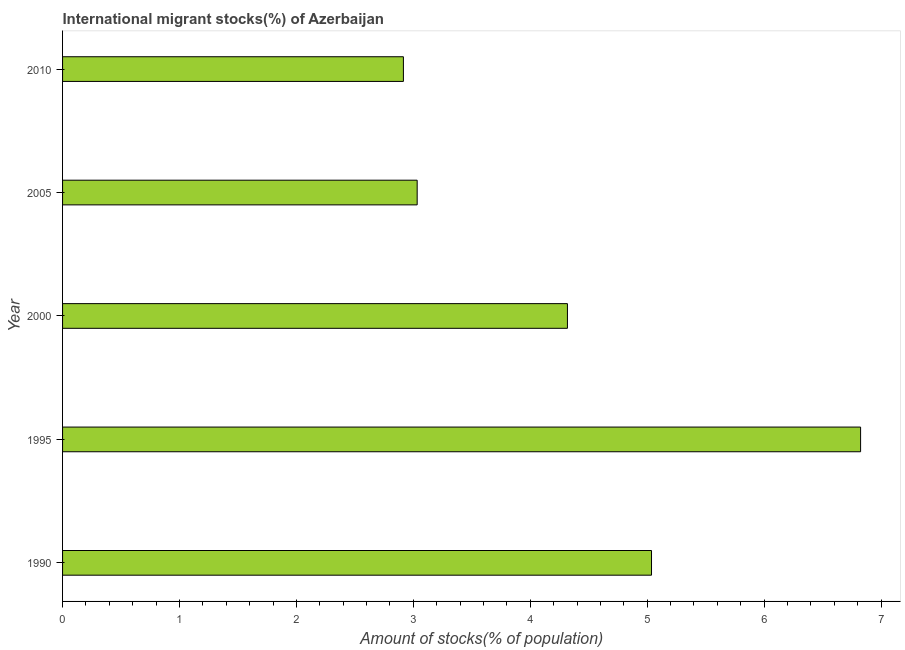
| Year | International migrant stock |
 | --- | --- |
 | 1990 | 5.04 |
 | 1995 | 6.83 |
 | 2000 | 4.32 |
 | 2005 | 3.03 |
 | 2010 | 2.92 |